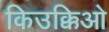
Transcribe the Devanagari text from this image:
किउक्किओ